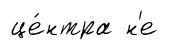
це́нтра н'е